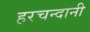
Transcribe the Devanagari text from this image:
हरचन्दानी